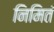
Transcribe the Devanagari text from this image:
निमितं